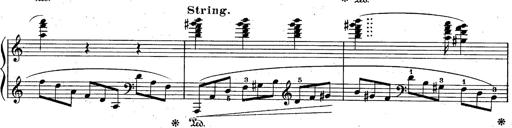
Title: God Save the Queen
Composer: Charles LÃ©on Hess
Key: A major